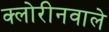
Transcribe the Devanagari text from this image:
क्लोरीनवाले